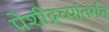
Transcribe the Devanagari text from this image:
पेशीद्रव्यांतर्गत